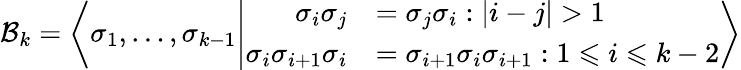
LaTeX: \mathcal{B}_{k}=\left\langle\sigma_{1},\dots,\sigma_{k-1}\middle\vert\begin{array}{rl}{\sigma_{i}\sigma_{j}}&{=\sigma_{j}\sigma_{i}:|i-j|>1}\\ {\sigma_{i}\sigma_{i+1}\sigma_{i}}&{=\sigma_{i+1}\sigma_{i}\sigma_{i+1}:1\leqslant i\leqslant k-2}\end{array}\right\rangle